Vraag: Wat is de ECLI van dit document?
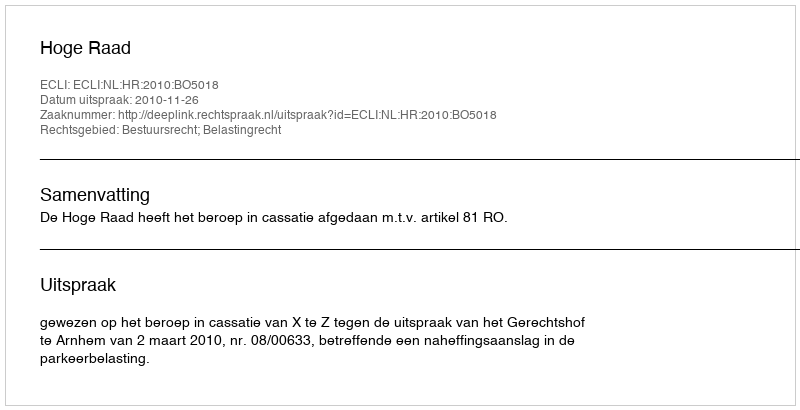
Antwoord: ECLI:NL:HR:2010:BO5018